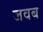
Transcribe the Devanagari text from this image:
जवब